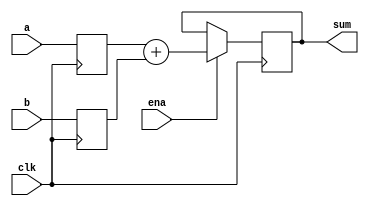
module top(
    input wire          clk,
    input wire [7:0]   a,
    input wire [7:0]   b,
    input wire          ena,
    output wire [7:0]  sum
    );

    reg [7:0] a_r;
    reg [7:0] b_r;

    always @(posedge clk) begin
        if (ena) begin
            sum <= a_r + b_r;
        end

        a_r <= a;
        b_r <= b;
    end

endmodule